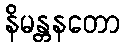
နိမန္တနတော